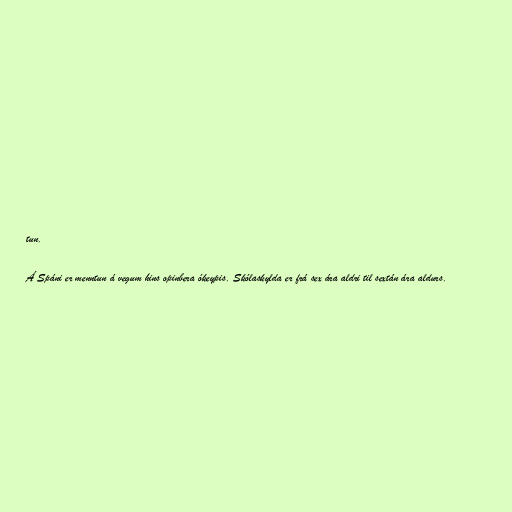
tun.

Á Spáni er menntun á vegum hins opinbera ókeypis. Skólaskylda er frá sex ára aldri til sextán ára aldurs.